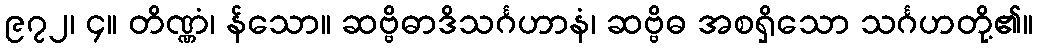
၉၇၂၊ ၄။ တိဏ္ဏံ၊ န်သော။ ဆဗ္ဗိဓာဒိသင်္ဂဟာနံ၊ ဆဗ္ဗိဓ အစရှိသော သင်္ဂဟတို့၏။